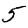
Digit: 5